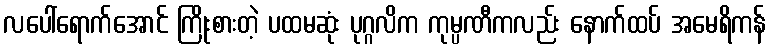
လပေါ်ရောက်အောင် ကြိုးစားတဲ့ ပထမဆုံး ပုဂ္ဂလိက ကုမ္ပဏီကလည်း နောက်ထပ် အမေရိကန်